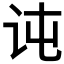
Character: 𰵍